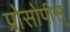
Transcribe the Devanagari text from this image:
प्रोसोपीस्